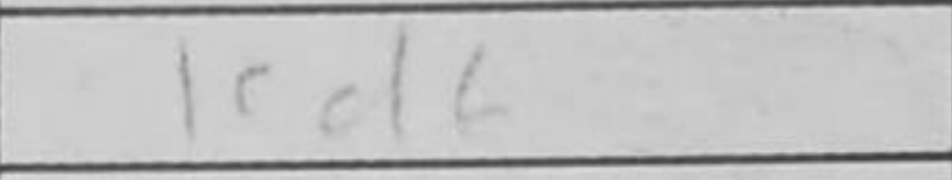
Transcription: Kd6